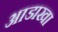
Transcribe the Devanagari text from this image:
आडाखा